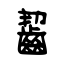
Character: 齧